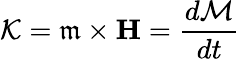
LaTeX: \mathcal{K}=\mathfrak{m}\times\textbf{H}=\frac{d\mathcal{M}}{dt}